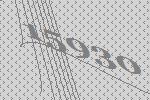
15930